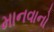
માનવાનો